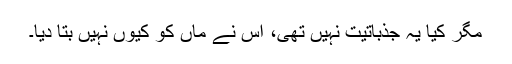
مگر کیا یہ جذباتیت نہیں تھی، اس نے ماں کو کیوں نہیں بتا دیا۔